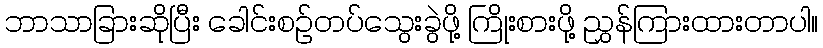
ဘာသာခြားဆိုပြီး ခေါင်းစဉ်တပ်သွေးခွဲဖို့ ကြိုးစားဖို့ ညွှန်ကြားထားတာပါ။